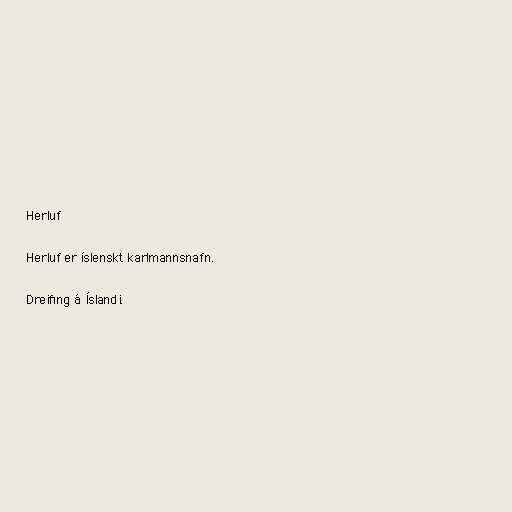
Herluf

Herluf er íslenskt karlmannsnafn.

Dreifing á Íslandi.